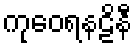
ကုဝေရနဠိနီ